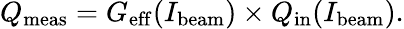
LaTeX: Q_{\mathrm{meas}}=G_{\mathrm{eff}}(I_{\mathrm{beam}})\times Q_{\mathrm{in}}(I_{\mathrm{beam}}).